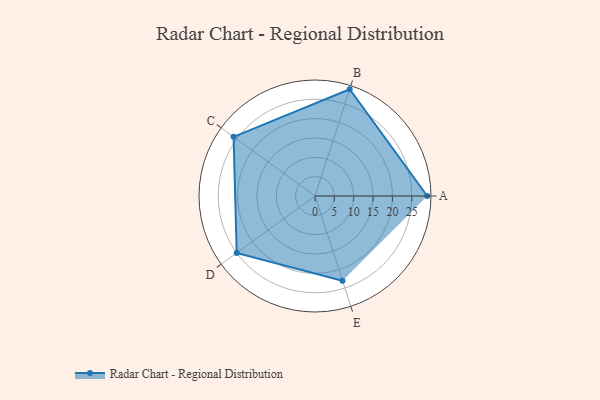
{"axis": {"x": "Skill", "y": "Score"}, "legend": ["Profile"], "data": [{"x": "A", "y": 29.0, "type": "Profile"}, {"x": "B", "y": 29.0, "type": "Profile"}, {"x": "C", "y": 26.0, "type": "Profile"}, {"x": "D", "y": 25.0, "type": "Profile"}, {"x": "E", "y": 23.0, "type": "Profile"}]}